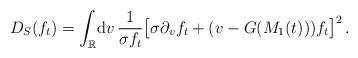
LaTeX: \begin{align*}D_S(f_t) = \int_{\mathbb{R}}\!\mathrm{d} v\, \frac{1}{\sigma f_t} \big[ \sigma \partial_v f_t + (v-G(M_1(t))) f_t \big]^2\,. \end{align*}